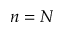
n = N